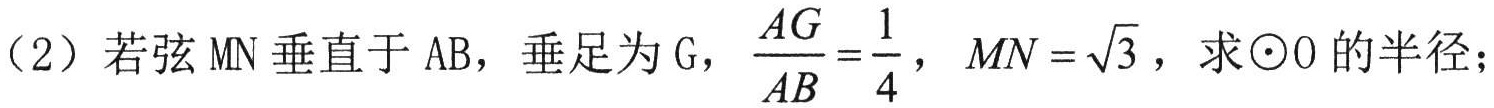
(2) 若弦 MN 垂直于 AB，垂足为 G，$\frac{AG}{AB}=\frac{1}{4}$，$MN = \sqrt{3}$，求$\odot O$的半径；